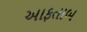
આફતાબ